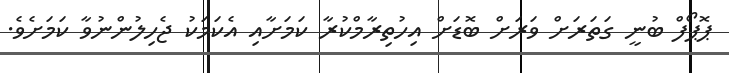
ޕޮޕޯފް ބުނީ ގަތަރަށް ވަރަށް ބޮޑަށް އިހުތިރާމްކުރާ ކަމަށާއި އެކަމަކު ޖެހިލުންނުވާ ކަމަށެވެ.